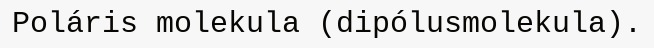
Poláris molekula (dipólusmolekula).